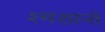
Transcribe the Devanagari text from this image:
श्मशानो